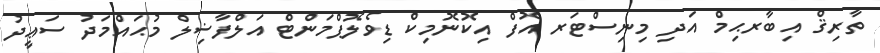
ތާރިޤް އިބާރޙިމް އަދި މިނިސްޓަރ އޮފް އިކޮނޮމިކް ޑިވެލޮޕްމަންޓް އަލްފާޟިލް މުޙައްމަދު ސަޢީދު